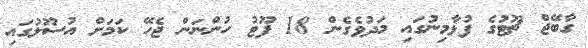
ގާބޭޖް ޗޫޓުގެ ފުޅާމިނުގައި މަދުވެގެން 18 ފޫޓު ހުންނަން ޖެހޭ ކަމަށް އުސޫލުގައި